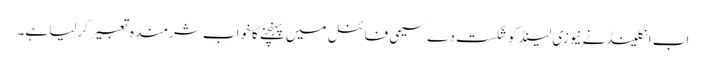
اب انگلینڈ نے نیوزی لینڈ کو شکست دے سیمی فائنل میں پہنچنے کا خواب شرمندہ تعبیرکرلیا ہے۔